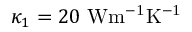
\kappa _ { 1 } = 2 0 ~ \mathrm { { W m ^ { - 1 } K ^ { - 1 } } }